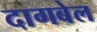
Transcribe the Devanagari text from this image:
दागबेल